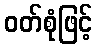
ဝတ်စုံဖြင့်